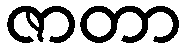
ဇာတာ